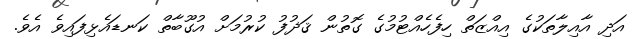
އަދި އާއިލާތަކުގެ އިއްޒަތް ހިފެހެއްޓުމުގެ ގޮތުން ޤަޛުފު ކުރުމަށް އުގޫބާތް ކަނޑައެޅިފައިވެ އެވެ.